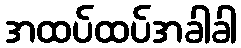
အထပ်ထပ်အခါခါ